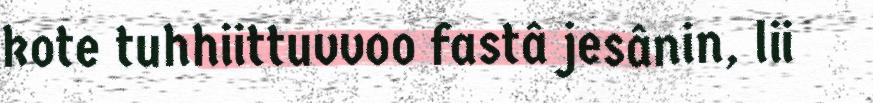
kote tuhhiittuvvoo fastâ jesânin, lii